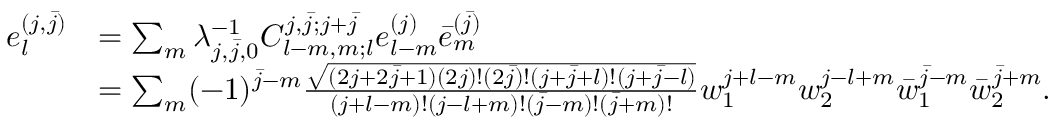
\begin{array} { r l } { e _ { l } ^ { ( j , \bar { j } ) } } & { = \sum _ { m } \lambda _ { j , \bar { j } , 0 } ^ { - 1 } C _ { l - m , m ; l } ^ { j , \bar { j } ; j + \bar { j } } e _ { l - m } ^ { ( j ) } \bar { e } _ { m } ^ { ( \bar { j } ) } } \\ & { = \sum _ { m } ( - 1 ) ^ { \bar { j } - m } \frac { \sqrt { ( 2 j + 2 \bar { j } + 1 ) ( 2 j ) ! ( 2 \bar { j } ) ! ( j + \bar { j } + l ) ! ( j + \bar { j } - l ) } } { ( j + l - m ) ! ( j - l + m ) ! ( \bar { j } - m ) ! ( \bar { j } + m ) ! } w _ { 1 } ^ { j + l - m } w _ { 2 } ^ { j - l + m } \bar { w } _ { 1 } ^ { \bar { j } - m } \bar { w } _ { 2 } ^ { \bar { j } + m } . } \end{array}